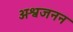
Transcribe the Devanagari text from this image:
अश्वजनन